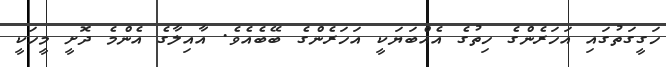
ހަގީގަތުގައި އަހަރެންގެ ހިތުގެ އެއްބަޔަކީ އަހަރެންގެ ބޭބެއެވެ. އާއިލާގެ އެންމެ ދޮށީ މީހަކީ